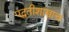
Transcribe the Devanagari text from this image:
पद्धतीशास्त्राच